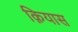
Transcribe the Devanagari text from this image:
क़ियास